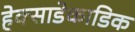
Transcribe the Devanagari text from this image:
हेक्साडेकाडिक